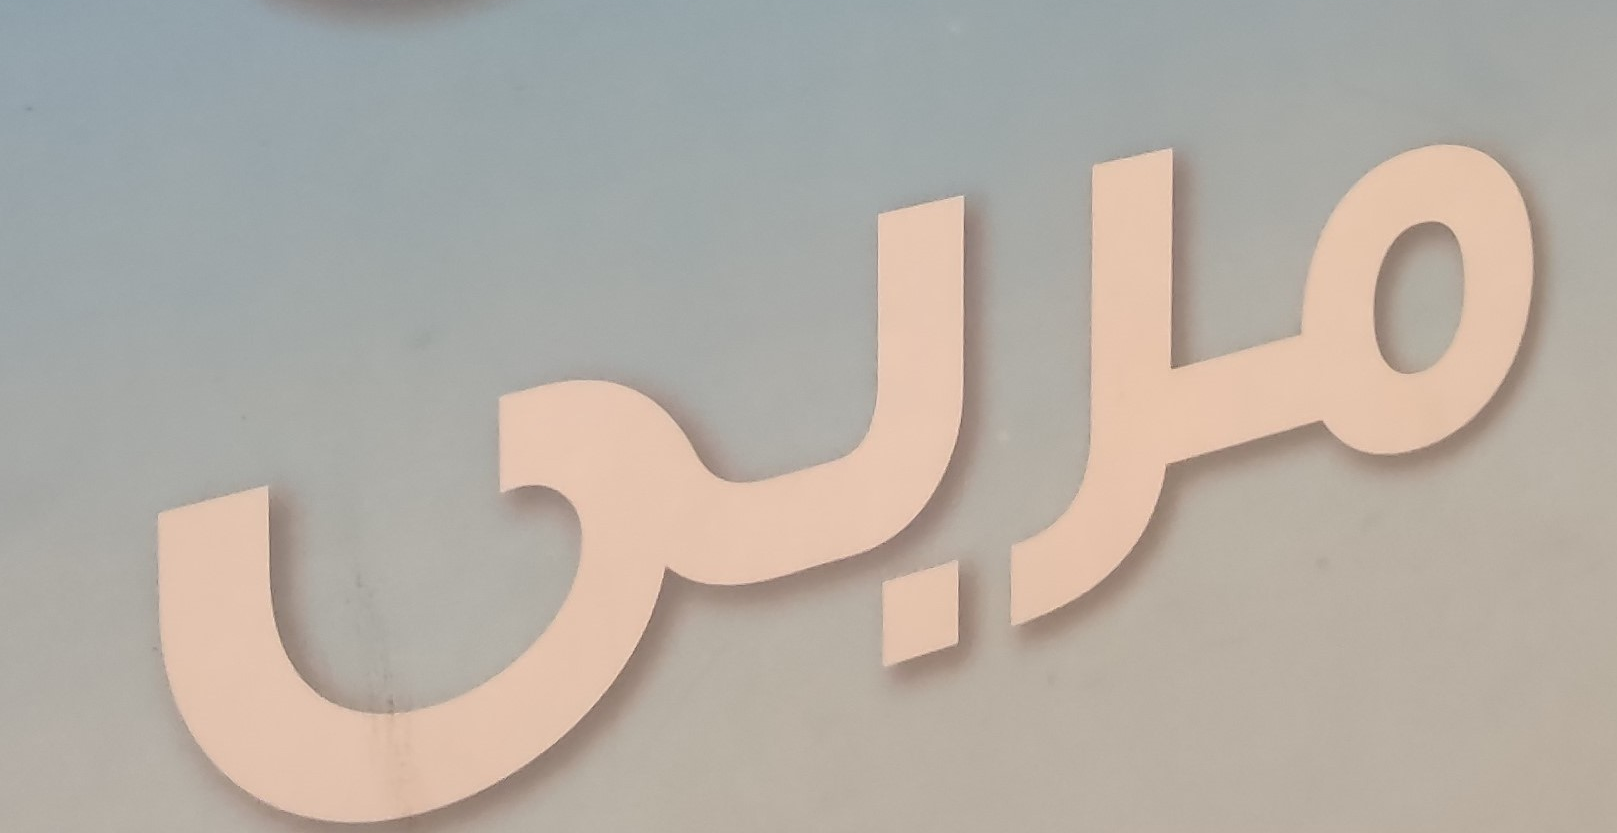
مربى